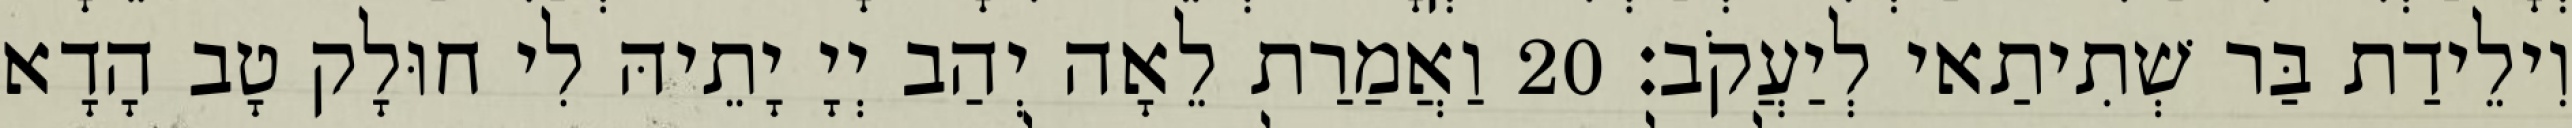
וִילֵידַת בַּר שְׁתִיתַאי לְיַעֲקֹב׃ 20 וַאֲמַרַת לֵאָה יְהַב יְיָ יָתֵיהּ לִי חוּלָק טָב הָדָא